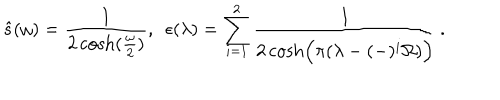
LaTeX: \hat { s } ( \omega ) = { \frac { 1 } { 2 \cosh ( { \frac { \omega } { 2 } } ) } } , ~ ~ \epsilon ( \lambda ) = \sum _ { i = 1 } ^ { 2 } { \frac { 1 } { 2 \cosh \Bigl ( \pi ( \lambda - ( - ) ^ { i } \Omega ) \Bigr ) } } \, .